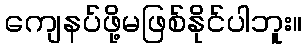
ကျေနပ်ဖို့မဖြစ်နိုင်ပါဘူး။